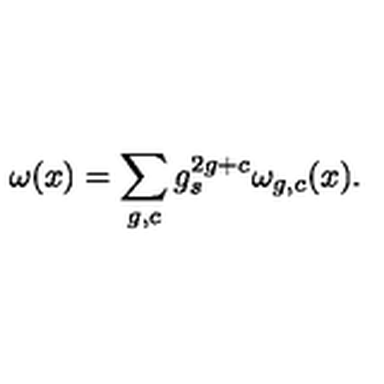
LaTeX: \omega ( x ) = \sum _ { g , c } g _ { s } ^ { 2 g + c } \omega _ { g , c } ( x ) .